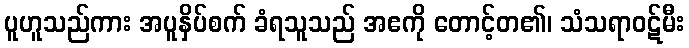
ပူဟူသည်ကား အပူနှိပ်စက် ခံရသူသည် အဧကို တောင့်တ၏၊ သံသရာဝဋ်မီး